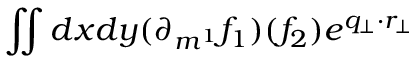
\iint d x d y ( \partial _ { m ^ { 1 } } f _ { 1 } ) ( f _ { 2 } ) e ^ { q _ { \perp } \cdot r _ { \perp } }